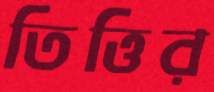
তিত্তির